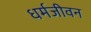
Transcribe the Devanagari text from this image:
धर्मजीवन